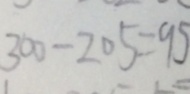
3 0 0 - 2 0 5 = 9 5